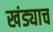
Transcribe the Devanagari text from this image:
खंड्याच